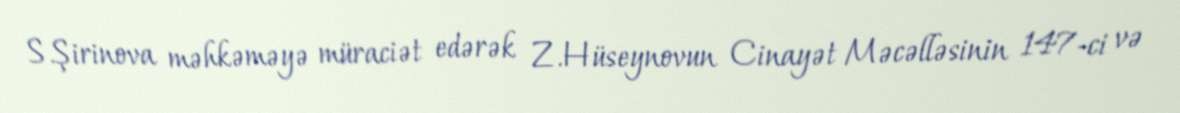
S.Şirinova məhkəməyə müraciət edərək Z.Hüseynovun Cinayət Məcəlləsinin 147-ci və